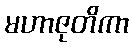
မဟာဇုတိကာ